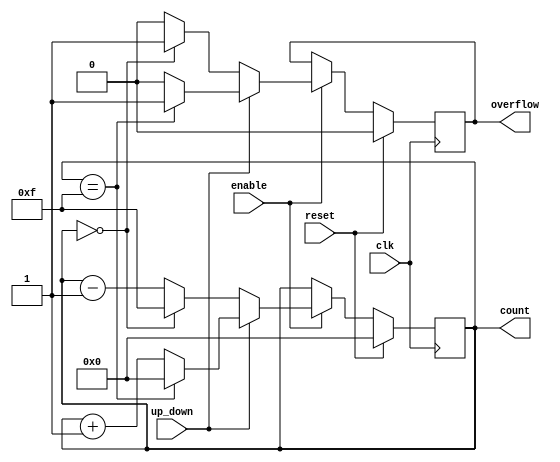
module synchronous_counter #(
    parameter WIDTH = 4 // Configurable bit width for the counter
)(
    input wire clk,          // Clock input
    input wire reset,        // Synchronous reset
    input wire enable,       // Enable signal
    input wire up_down,      // Control signal for counting direction (1 = up, 0 = down)
    output reg [WIDTH-1:0] count, // Counter output
    output reg overflow      // Overflow flag
);

    // Initialize the counter and overflow flag
    initial begin
        count = 0;
        overflow = 0;
    end

    // Synchronous process
    always @(posedge clk) begin
        if (reset) begin
            count <= 0; // Reset the counter to zero
            overflow <= 0; // Clear overflow flag
        end else if (enable) begin
            if (up_down) begin
                // Up counting
                if (count == (1 << WIDTH) - 1) begin
                    count <= 0; // Wrap around on overflow
                    overflow <= 1; // Set overflow flag
                end else begin
                    count <= count + 1; // Increment the counter
                    overflow <= 0; // Clear overflow flag
                end
            end else begin
                // Down counting
                if (count == 0) begin
                    count <= (1 << WIDTH) - 1; // Wrap around on underflow
                    overflow <= 1; // Set overflow flag
                end else begin
                    count <= count - 1; // Decrement the counter
                    overflow <= 0; // Clear overflow flag
                end
            end
        end
    end

endmodule